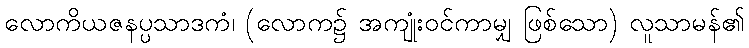
လောကိယဇနပ္ပသာဒကံ၊ (လောက၌ အကျုံးဝင်ကာမျှ ဖြစ်သော) လူသာမန်၏